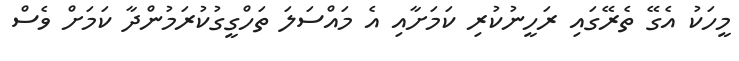
މީހަކު އެގޭ ތެރޭގައި ރަހީނުކުރި ކަމަށާއި އެ މައްސަލަ ތަހްގީގުކުރަމުންދާ ކަމަށް ވެސް